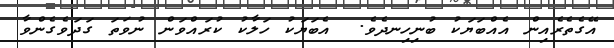
އޭގެތެރެއިން އެއްބަޔަކު ބުނިހިނދެވެ.  އެބަޔަކު ހަލާކު ކުރައްވަން ނުވަތަ ގަދަވެގެންވާ